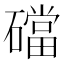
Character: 礑